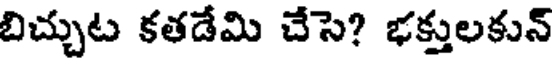
బిచ్చుట కతడేమి చేసె? భక్తులకున్